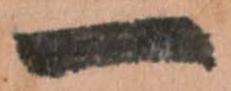
一